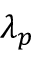
\lambda _ { p }